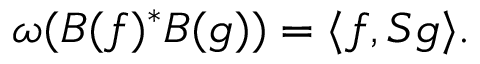
\omega ( B ( f ) ^ { * } B ( g ) ) = \langle f , S g \rangle .